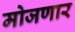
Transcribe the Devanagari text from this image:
मोजणार